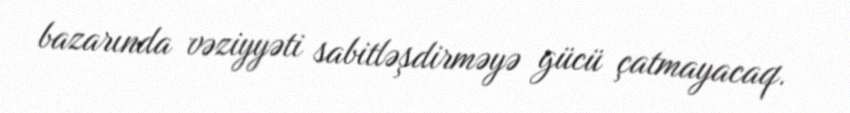
bazarında vəziyyəti sabitləşdirməyə gücü çatmayacaq.